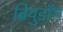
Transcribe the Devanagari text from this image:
ब्रियुडॉग